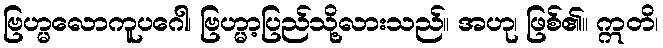
ဗြဟ္မလောကူပဂေါ၊ ဗြဟ္မာ့ပြည်သို့လားသည်။ အဟု၊ ဖြစ်၏။ ဣတိ၊